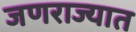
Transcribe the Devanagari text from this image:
जणराज्यात